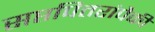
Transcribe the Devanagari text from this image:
सप्तपितरांपैकी